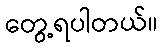
တွေ့ရပါတယ်။